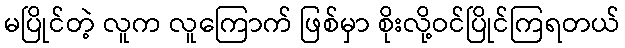
မပြိုင်တဲ့ လူက လူကြောက် ဖြစ်မှာ စိုးလို့ဝင်ပြိုင်ကြရတယ်